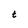
Character: t